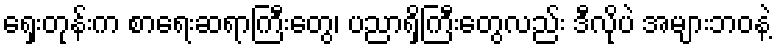
ရှေးတုန်းက စာရေးဆရာကြီးတွေ၊ ပညာရှိကြီးတွေလည်း ဒီလိုပဲ အများဘဝနဲ့